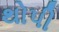
થોપી